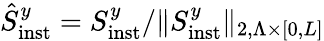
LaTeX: \hat{S}_{\mathrm{inst}}^{y}=S_{\mathrm{inst}}^{y}/\| S_{\mathrm{inst}}^{y}\| _{2,\Lambda\times\lbrack 0,L\rbrack}